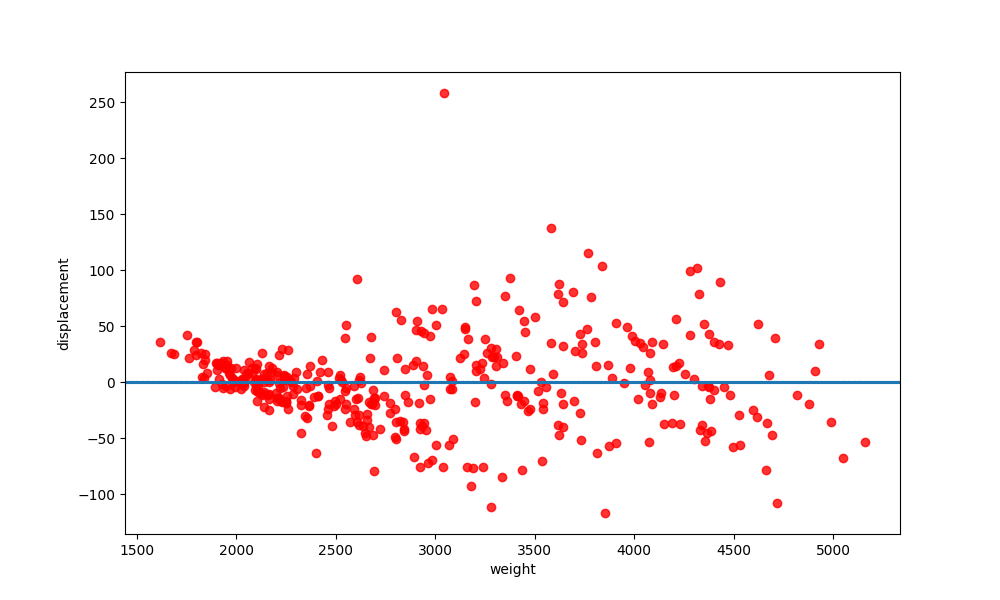
python, seaborn, residplot, lowess=True, scatter_color=red